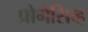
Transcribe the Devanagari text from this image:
प्रोगेसिव्ह